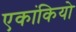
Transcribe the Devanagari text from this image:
एकांकियो